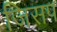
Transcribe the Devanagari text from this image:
जिसप